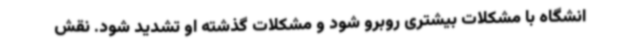
انشگاه با مشکلات بیشتری روبرو شود و مشکلات گذشته او تشدید شود. نقش